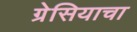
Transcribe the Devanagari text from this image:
ग्रेसियाचा